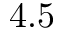
4 . 5